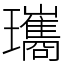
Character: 瓗